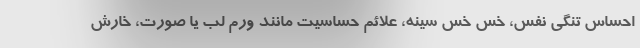
احساس تنگی نفس، خس خس سینه، علائم حساسیت مانند ورم لب یا صورت، خارش